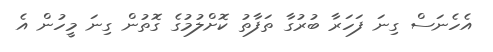
އެހެނަސް ގިނަ ފަހަރާ ބުރުގާ ތަފާތު ކޮށްލުމުގެ ގޮތުން ގިނަ މީހުން އެ